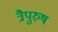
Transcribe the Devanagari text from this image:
त्रैपुरुष